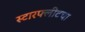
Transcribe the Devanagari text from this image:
स्टारफ्लीटचा